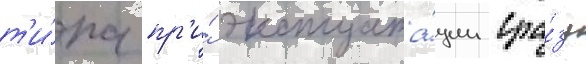
т'и́па пр'и́ эксплуата́ции сра́зу